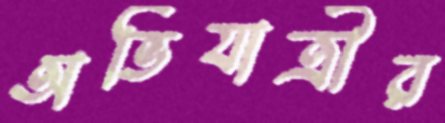
অভিযাত্রীর